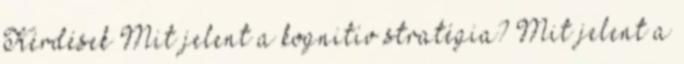
Kérdések Mit jelent a kognitív stratégia? Mit jelent a